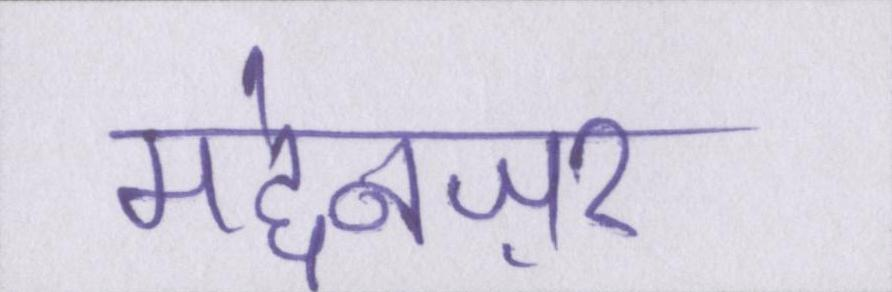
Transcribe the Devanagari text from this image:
मद्देनज़र